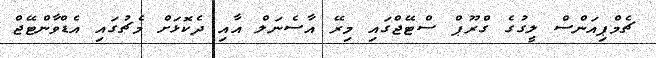
ޗެމްޕިއަންސް ލީގުގެ ގްރޫޕް ސްޓޭޖްގައި މިރޭ އާސެނަލް އާއި ދެކޮޅަށް މެޗުގައި އެޑްވާންޓޭޖް